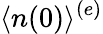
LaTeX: \langle n(0)\rangle^{(e)}